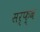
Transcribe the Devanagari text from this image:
सर्फ़्व